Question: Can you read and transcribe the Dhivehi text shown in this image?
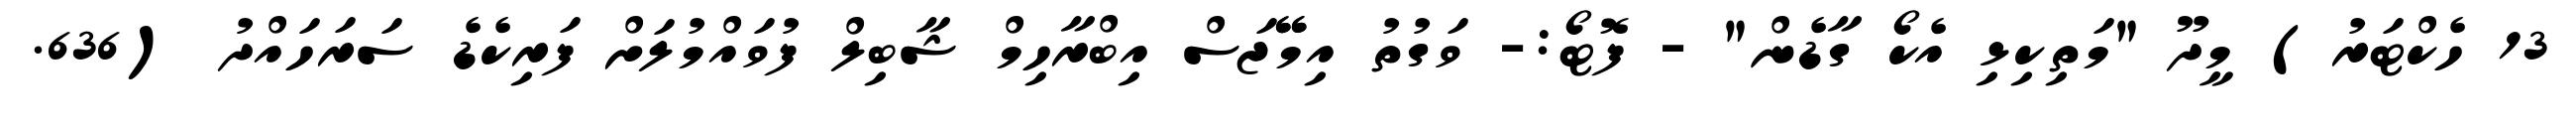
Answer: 13 ހެކްޓަރު) މީދޫ "މަތިކިޅި އެކޯ ގާޑެން" - ފޮޓޯ:- ވަގުތު އިމޭޭޖަސް އިބްރާހިމް ޝާބިލް ފުވައްމުލަށް ފަރިކެޑެ ސަރަހައްދު (636.